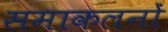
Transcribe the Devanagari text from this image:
समाकलनों